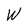
Character: W